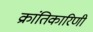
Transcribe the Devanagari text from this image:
क्रांतिकारिणी